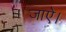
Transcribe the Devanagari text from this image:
जाऐ।